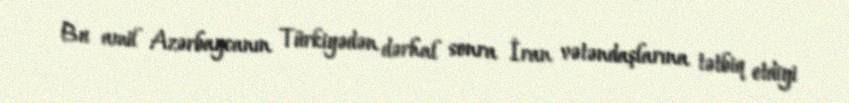
Bu amil Azərbaycanın Türkiyədən dərhal sonra İran vətəndaşlarına tətbiq etdiyi